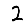
Digit: 2